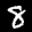
Label: 8